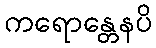
ကရောန္တေနပိ